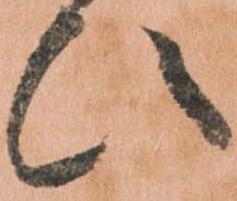
ひ